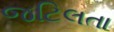
જટિલતા